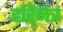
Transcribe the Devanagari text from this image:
हरिनेत्र